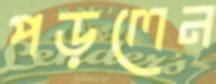
পড়লেন